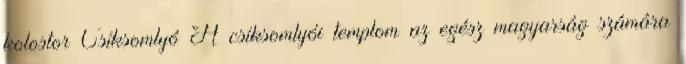
kolostor Csíksomlyó A csíksomlyói templom az egész magyarság számára